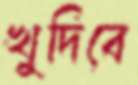
খুদিবে